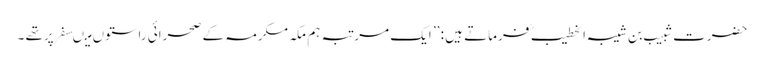
حضرت شبیب بن شیبہ الخطیب ؒ فرماتے ہیں : ’’ ایک مرتبہ ہم مکہ مکرمہ کے صحرائی راستوں میںسفر پرتھے ۔